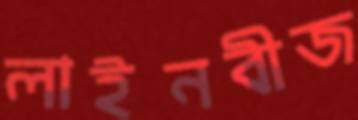
লাইনবীজ